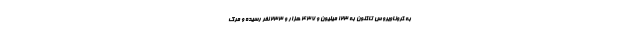
به کروناویروس تاکنون به ۱۲۳ میلیون و ۴۳۷ هزار و ۲۳۳ نفر رسیده و مرگ